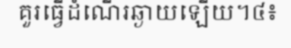
គួរធ្វើដំណើរឆ្ងាយឡើយ។៤៖